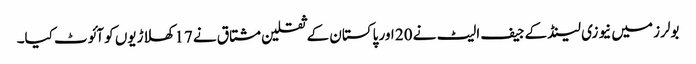
بولرز میں نیوزی لینڈ کے جیف الیٹ نے 20 اور پاکستان کے ثقلین مشتاق نے 17 کھلاڑیوں کو آئوٹ کیا۔